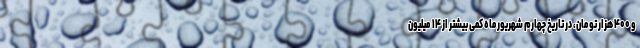
و ۴۰۰ هزار تومان، در تاریخ چهارم شهریورماه کمی بیشتر از ۱۴ میلیون